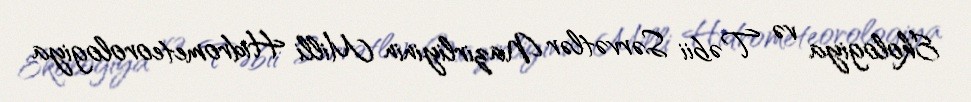
Ekologiya və Təbii Sərvətlər Nazirliyinin Milli Hidrometeorologiya